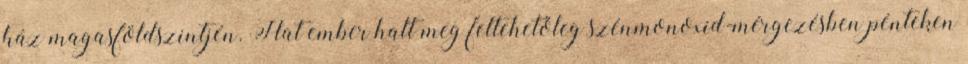
ház magasföldszintjén. Hat ember halt meg feltehetőleg szénmonoxid-mérgezésben pénteken